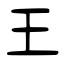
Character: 王